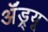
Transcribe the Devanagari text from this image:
ॲंड्र्यू